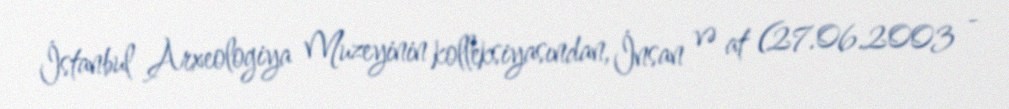
İstanbul Arxeologiya Muzeyinin kolleksiyasından, İnsan və at (27.06.2003 -